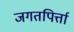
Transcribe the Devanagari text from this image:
जगतपिर्त्ता